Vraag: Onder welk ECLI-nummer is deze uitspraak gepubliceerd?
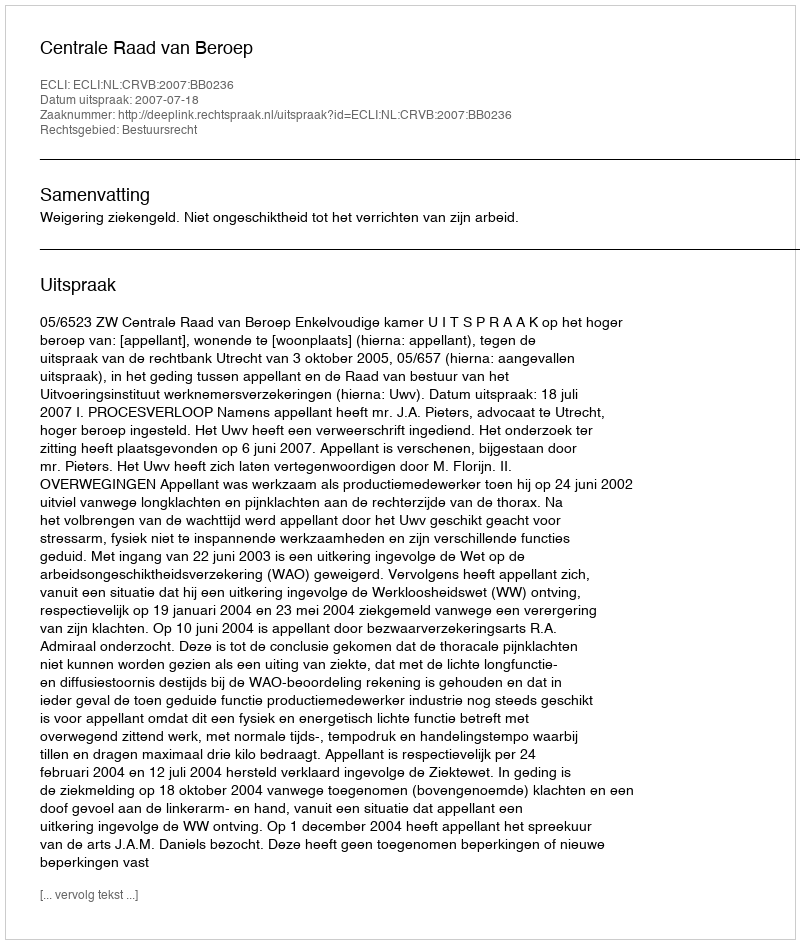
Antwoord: ECLI:NL:CRVB:2007:BB0236